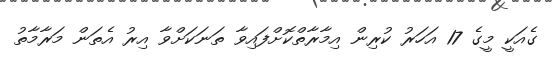
ގެއަކީ މީގެ 17 އަހަރު ކުރިން އިމާރާތްކޮށްފައިވާ ތަނަކަށްވާ އިރު އެތަން މަރާމާތު